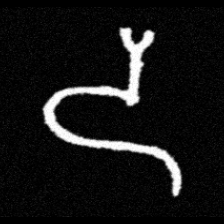
Pyu character \u2014 Myanmar letter: ဒ (romanized: da)